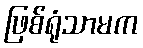
ဖြစ်ရုံသာမက